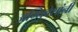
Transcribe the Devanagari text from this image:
अग्निवेशांनी